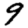
Digit: 9